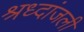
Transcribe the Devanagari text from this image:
श्रध्दांजली